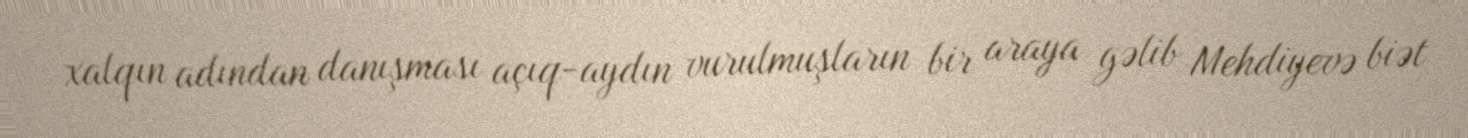
xalqın adından danışması açıq-aydın vurulmuşların bir araya gəlib Mehdiyevə biət